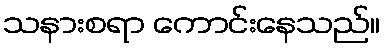
သနားစရာ ကောင်းနေသည်။